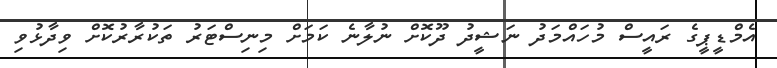
އެމްޑީޕީގެ ރައީސް މުހައްމަދު ނަޝީދު ދޫކޮށް ނުލާނެ ކަމަށް މިނިސްޓަރު ތަކުރާރުކޮށް ވިދާޅުވި